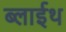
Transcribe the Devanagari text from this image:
ब्लाईथ